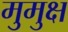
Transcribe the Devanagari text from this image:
मुुमुक्ष